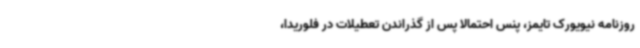
روزنامه نیویورک تایمز، پنس احتمالا پس از گذراندن تعطیلات در فلوریدا،